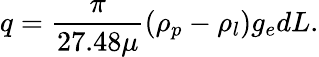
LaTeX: q=\frac{\pi}{27.48\mu}(\rho_{p}-\rho_{l})g_{e}dL.